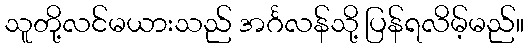
သူတို့လင်မယားသည် အင်္ဂလန်သို့ ပြန်ရလိမ့်မည်။